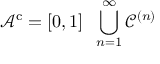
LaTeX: { \mathcal { A } } ^ { \mathrm { c } } = [ 0 , 1 ] \setminus \bigcup _ { n = 1 } ^ { \infty } { \mathcal { C } } ^ { ( n ) }